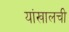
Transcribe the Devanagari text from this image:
यांखालची